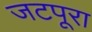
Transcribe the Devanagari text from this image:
जटपूरा